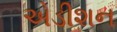
એડીશન